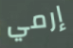
إرمي